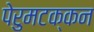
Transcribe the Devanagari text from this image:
पेरुमटक्कन